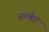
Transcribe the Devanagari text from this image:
अल्बेट